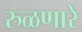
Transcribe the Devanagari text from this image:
रुळणारे